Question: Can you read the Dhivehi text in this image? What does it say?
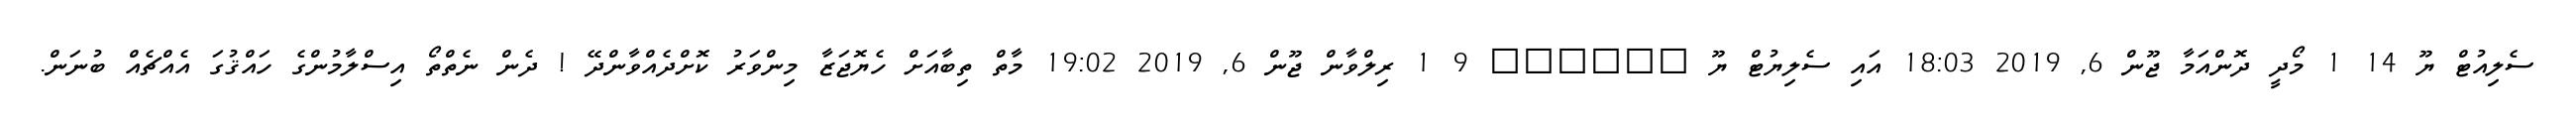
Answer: ސެލިއުޓް ޔޫ 14 1 މޯދީ ދޮންއަމާ ޖޫން 6, 2019 18:03 އައި ސެލިޔުޓް ޔޫ ?????? 9 1 ރިލްވާން ޖޫން 6, 2019 19:02 މާތް ތިބާއަށް ހެޔޮޖަޒާ މިންވަރު ކޮށްދެއްވާންދޭ ! ދެން ނެތްތޯ އިސްލާމުންގެ ހައްޤުގަ އެއްޗެއް ބުނަން.